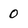
Character: 0